Civil Veterinary Department. United Provinces 1932-42 - 1932-1942
Year: 1932
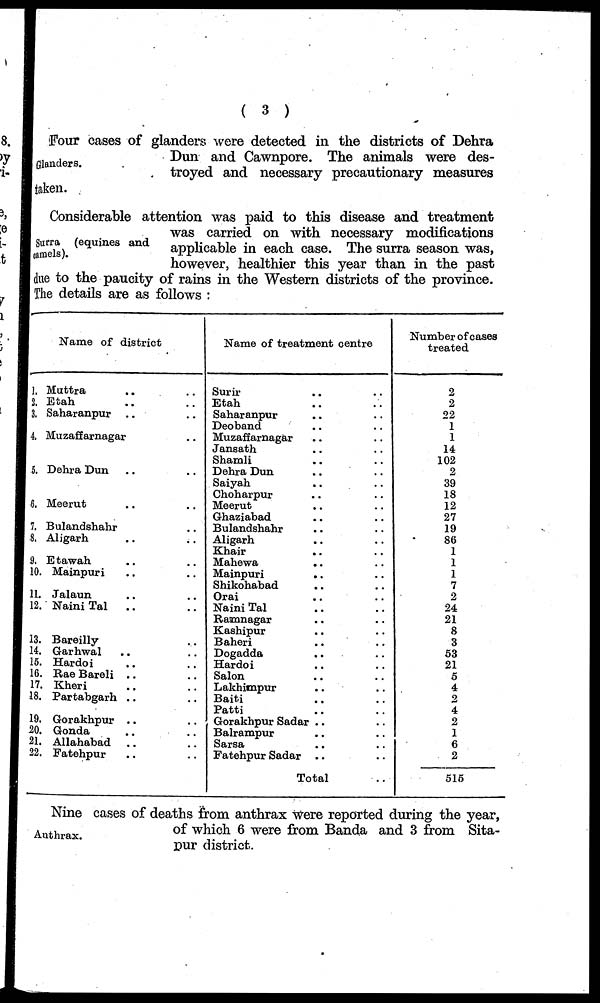
(3)
Glanders.
four cases of glanders were detected in the districts of Dehra
Dun and Cawnpore. The animals were des-
troyed and necessary precautionary measures
taken.
Surra (equines and
camels).
Considerable attention was paid to this disease and treatment
was carried on with necessary modifications
applicable in each case. The surra season was,
however, healthier this year than in the past
due to the paucity of rains in the Western districts of the province.
The details are as follows:
Name of district
1. Muttra .. ..
2. Etah .. ..
3. Saharanpur .. ..
4. Muzaffarnagar ..
5. Dehra Dun .. ..
6. Meerut .. ..
7. Bulandshahr
8. Aligarh .. ..
9. Etawah .. ..
10. Mainpuri .. ..
11. Jalaun .. ..
12. Naini Tal
.. ..
13. Bareilly
14. Garhwal .. ..
15. Hardoi .. ..
16. Rae Bareli .. ..
17. Kheri .. ..
18. Partabgarh .. ..
19. Gorakhpur .. ..
20. Gonda .. ..
21. Allahabad
.. ..
22. Fatehpur .. ..
Name of treatment centre
Surir .. ..
Etah .. ..
Saharanpur .. ..
Deoband .. ..
Muzaffarnagar .. ..
Jansath .. ..
Shamli .. ..
Dehra Dun .. ..
Saiyah .. ..
Choharpur .. ..
Meerut .. ..
Ghaziabad .. ..
Bulandshahr .. ..
Aligarh .. ..
Khair .. ..
Mahewa .. ..
Mainpuri
.. ..
Shikohabad .. ..
Orai .. ..
Naini Tal .. ..
Rasmnagar .. ..
Kashipur .. ..
Baheri .. ..
Dogadda .. ..
Hardoi .. ..
Salon .. ..
Lakhimpur .. ..
Baiti .. ..
Patti .. ..
Gorakhpur Sadar .. ..
Balrampur .. ..
Sarsa .. ..
Fatehpur Sadar .. ..
Total ..
Number of cases
treated
2
2
22
1
1
14
102
2
39
18
12
27
19
86
1
1
1
7
2
24
21
8
3
53
21
5
4
2
4
2
1
6
2
515
Authrax.
Nine cases of deaths from anthrax were reported during the year,
of which 6 were from Banda and 3 from Sita-
pur district.